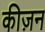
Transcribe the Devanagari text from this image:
कीज़न